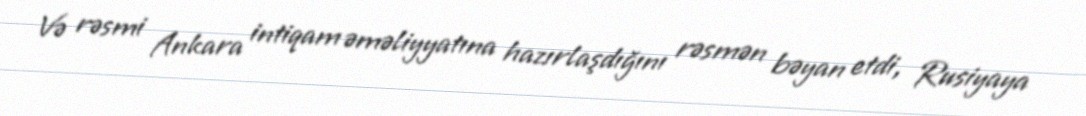
Və rəsmi Ankara intiqam əməliyyatına hazırlaşdığını rəsmən bəyan etdi, Rusiyaya